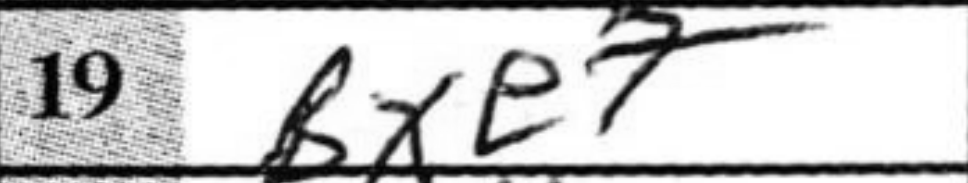
Transcription: Bxe7